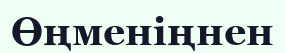
Өңменіңнен